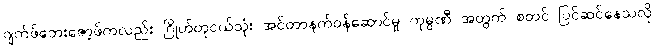
ဂျက်ဖ်ဘေးဇော့ဖ်ကလည်း ဂြိုဟ်တုငယ်သုံး အင်တာနက်ဝန်ဆောင်မှု ကုမ္ပဏီ အတွက် စတင် ပြင်ဆင်နေသလို